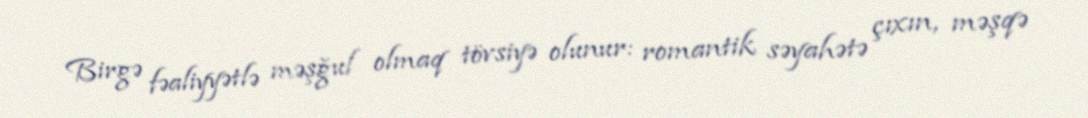
Birgə fəaliyyətlə məşğul olmaq tövsiyə olunur: romantik səyahətə çıxın, məşqə